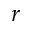
r